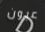
عيون